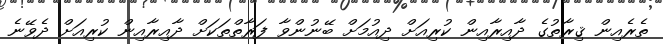
ތެރެއިން ޤިރާތުގެ ދާއިރާއިން ކުރިއަށް ދިއުމަށް ބޭނުންވާ ފަރާތްތަކަށް ދާއިރާއިން ކުރިއަށް ދެވޭނެ